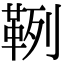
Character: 𩊡